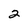
Character: 2